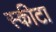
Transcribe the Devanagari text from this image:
स्कीटा